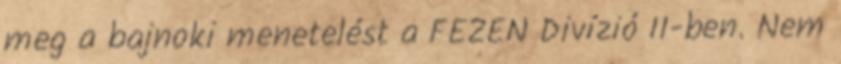
meg a bajnoki menetelést a FEZEN Divízió II-ben. Nem